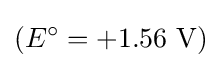
(E^{\circ }=+1.56{\text{ V}})